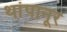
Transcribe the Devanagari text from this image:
थांपानूर